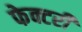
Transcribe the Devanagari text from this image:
फेक्टरी